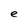
Character: e